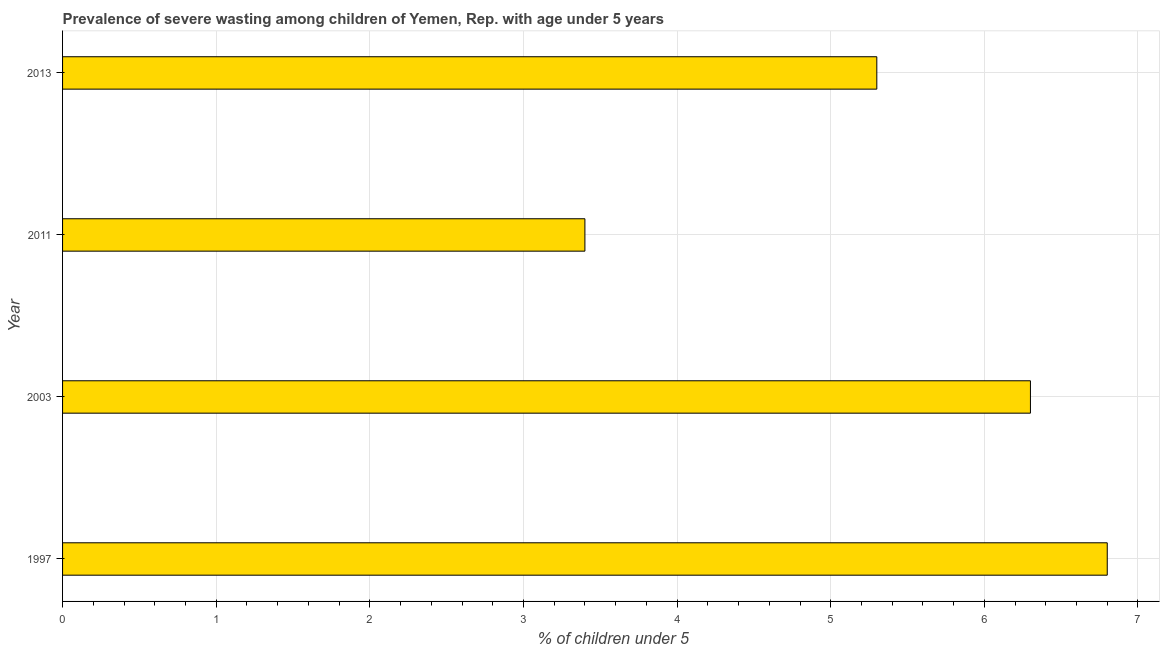
| Year | Prevalence of severe wasting |
 | --- | --- |
 | 1997 | 6.8 |
 | 2003 | 6.3 |
 | 2011 | 3.4 |
 | 2013 | 5.3 |